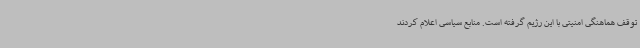
توقف هماهنگی امنیتی با این رژیم گرفته است. منابع سیاسی اعلام کردند